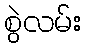
စွဲလမ်း